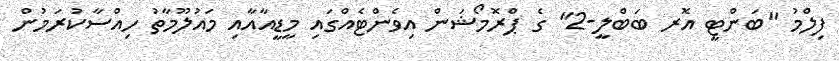
ފިލްމު "ބަންޓީ އޮރ ބަބްލީ-2" ގެ ޕްރޮމޯޝަން އިވެންޓެއްގައި މީޑީއާއާއި މައުލޫމާތު ހިއްސާކުރަމުން